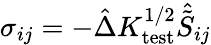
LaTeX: \begin{array}{r}{\sigma_{ij}=-\hat{\Delta}K_{\mathrm{test}}^{1/2}\hat{\tilde{S}}_{ij}}\end{array}